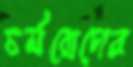
চর্মরোগের